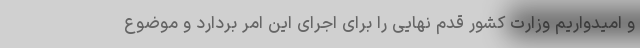
و امیدواریم وزارت کشور قدم نهایی را برای اجرای این امر بردارد و موضوع